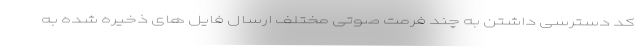
کد دسترسی داشتن به چند فرمت صوتی مختلف ارسال فایل های ذخیره شده به